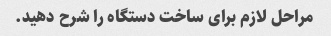
مراحل لازم برای ساخت دستگاه را شرح دهید.